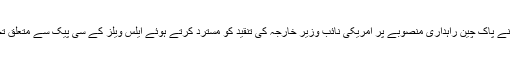
یاد رہے کہ گزشتہ ماہ پاکستان نے پاک چین راہداری منصوبے پر امریکی نائب وزیر خارجہ کی تنقید کو مسترد کرتے ہوئے ایلس ویلز کے سی پیک سے متعلق تجزیے کو بے بنیاد قرار دیا تھا۔